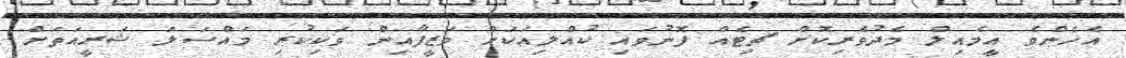
އެހެންވެ އީމެއިލް މެދުވެރިކޮށް ޗިޓެއް ފޮނުވައި ކުއްލިއަކަށް ވަޒީފާއިން ވަކިކުރި މައްސަލަ ޝަރީއަތަށް